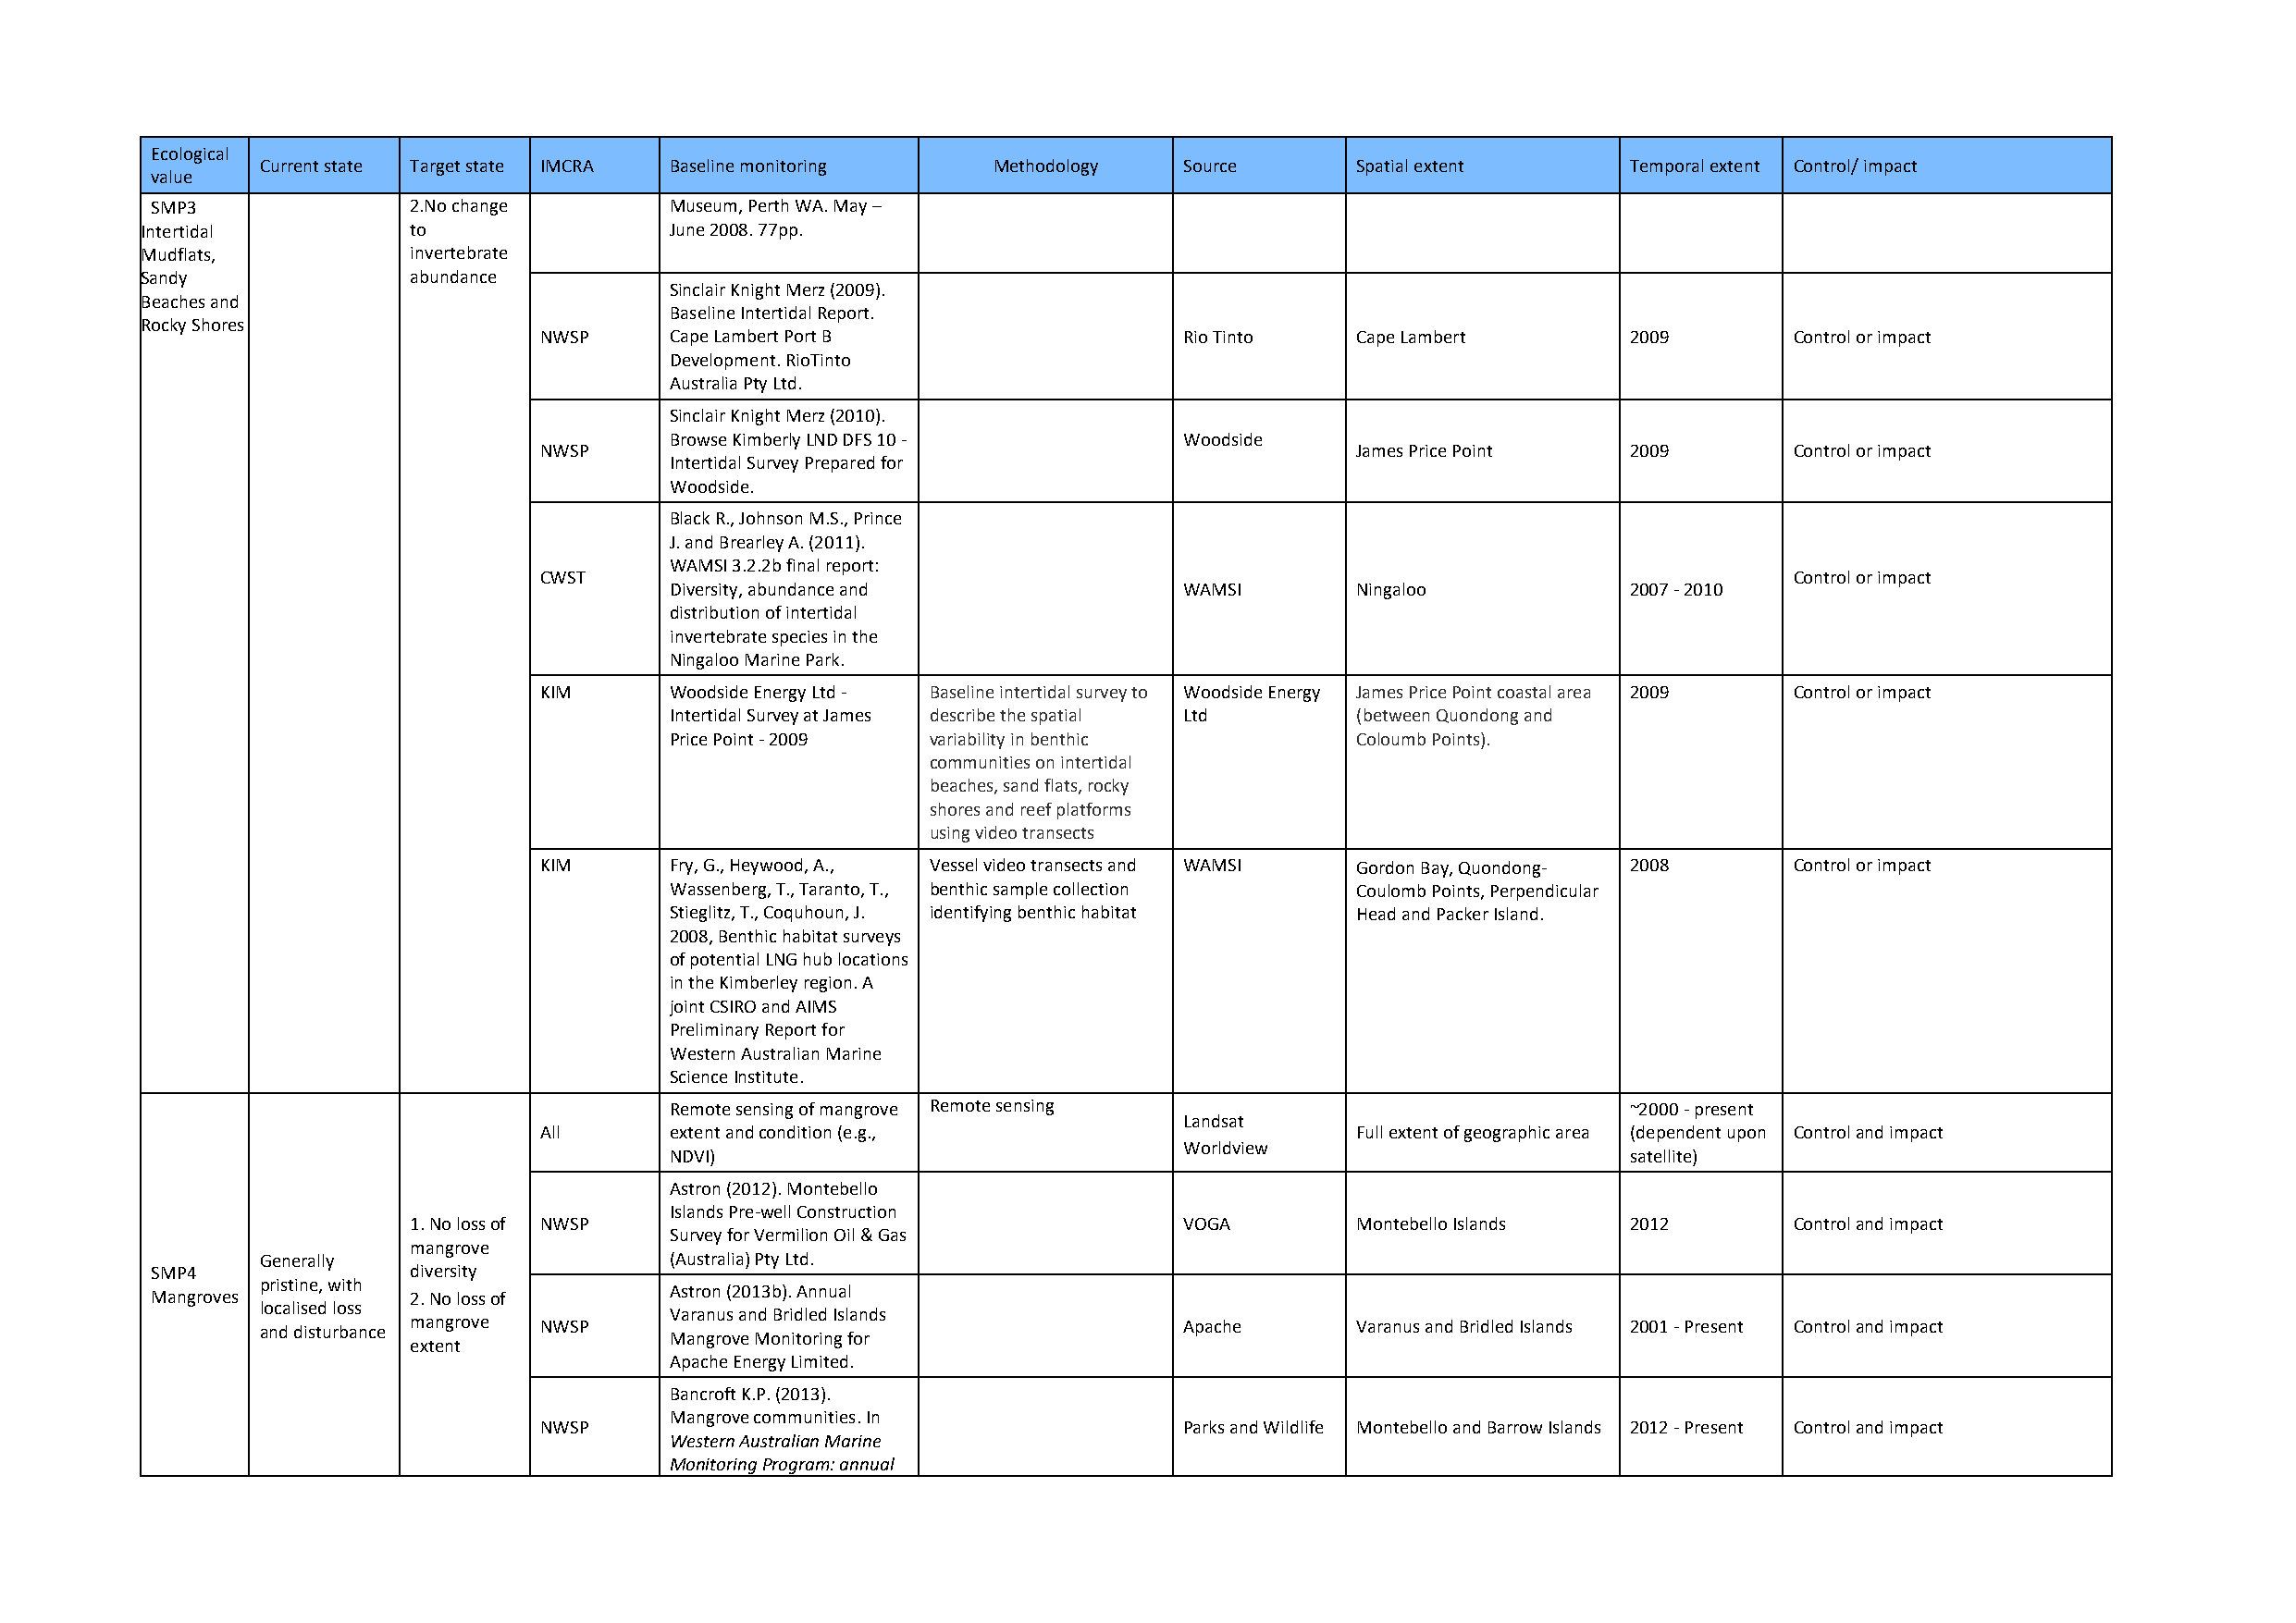
Ecological
 Current state Target state IMCRA Baseline monitoring Methodology  Source      Spatial extent      Temporal extent Control/ impact
 value
 SMP3              2.No change        Museum, Perth WA. May –
 Intertidal         to                 June 2008. 77pp.
 Mudflats,          invertebrate
 Sandy              abundance
 Sinclair Knight Merz (2009).
 Beaches and
 Baseline Intertidal Report.
 Rocky Shores
 NWSP     Cape Lambert Port B                  Rio Tinto   Cape Lambert        2009       Control or impact
 Development. RioTinto
 Australia Pty Ltd.
 Sinclair Knight Merz (2010).
 Browse Kimberly LND DFS 10 -         Woodside
 NWSP                                                      James Price Point   2009       Control or impact
 Intertidal Survey Prepared for
 Woodside.
 Black R., Johnson M.S., Prince
 J. and Brearley A. (2011).
 WAMSI 3.2.2b final report:
 CWST                                                                                     Control or impact
 Diversity, abundance and             WAMSI       Ningaloo            2007 - 2010
 distribution of intertidal
 invertebrate species in the
 Ningaloo Marine Park.
 KIM      Woodside Energy Ltd - Baseline intertidal survey to Woodside Energy James Price Point coastal area 2009 Control or impact
 Intertidal Survey at James describe the spatial Ltd (between Quondong and
 Price Point - 2009 variability in benthic        Coloumb Points).
 communities on intertidal
 beaches, sand flats, rocky
 shores and reef platforms
 using video transects
 KIM      Fry, G., Heywood, A., Vessel video transects and WAMSI Gordon Bay, Quondong- 2008 Control or impact
 Wassenberg, T., Taranto, T., benthic sample collection Coulomb Points, Perpendicular
 Stieglitz, T., Coquhoun, J. identifying benthic habitat Head and Packer Island.
 2008, Benthic habitat surveys
 of potential LNG hub locations
 in the Kimberley region. A
 joint CSIRO and AIMS
 Preliminary Report for
 Western Australian Marine
 Science Institute.
 Remote sensing of mangrove Remote sensing                            ~2000 - present
 Landsat
 All      extent and condition (e.g.,                      Full extent of geographic area (dependent upon Control and impact
 Worldview
 NDVI)                                                                satellite)
 Astron (2012). Montebello
 Islands Pre-well Construction
 1. No loss of NWSP                                      VOGA        Montebello Islands  2012       Control and impact
 Survey for Vermilion Oil & Gas
 mangrove
 Generally                    (Australia) Pty Ltd.
 SMP4              diversity
 Mangroves
 pristine, with
 2. No loss of      Astron (2013b). Annual
 localised loss
 Varanus and Bridled Islands
 and disturbance mangrove NWSP                                     Apache      Varanus and Bridled Islands 2001 - Present Control and impact
 Mangrove Monitoring for
 extent
 Apache Energy Limited.
 Bancroft K.P. (2013).
 Mangrove communities. In
 NWSP                                          Parks and Wildlife Montebello and Barrow Islands 2012 - Present Control and impact
 Western Australian Marine
 Monitoring Program: annual